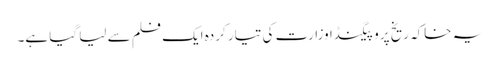
یہ خاکہ ریخ پروپیگنڈا وزارت کی تیار کردہ ایک فلم سے لیا گیا ہے۔